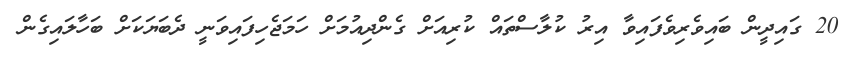
20 ގައިދީން ބައިވެރިވެފައިވާ އިރު ކުލާސްތައް ކުރިއަށް ގެންދިއުމަށް ހަމަޖެހިފައިވަނީ ދެބަޔަކަށް ބަހާލައިގެން